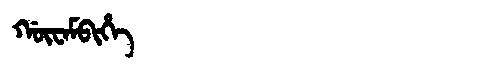
Manchu: ᡤᡡᠸᠠᠮᠪᡳᡥᡝ
Romanization: GŪWAMBIHE